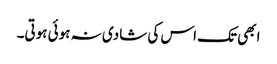
ابھی تک اس کی شادی نہ ہوئی ہوتی۔